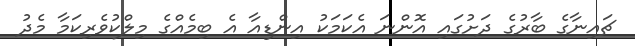
ޗައިނާގެ ބާރުގެ ދަށުގައި އޮންނަ އެކަމަކު އިންޑިއާ އެ ބިމެއްގެ މިލްކުވެރިކަމާ މެދު